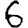
Digit: 6